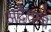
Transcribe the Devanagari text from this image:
अद्वैताचे